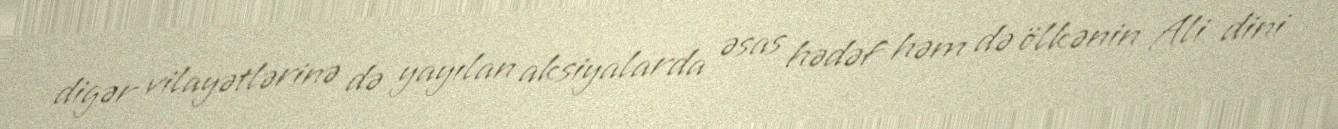
digər vilayətlərinə də yayılan aksiyalarda əsas hədəf həm də ölkənin Ali dini